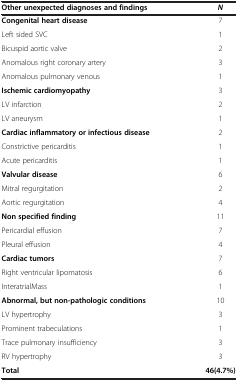
| Other unexpected diagnoses and findings | N |
 | --- | --- |
 | Congenital heart disease | 7 |
 | Left sided SVC | 1 |
 | Bicuspid aortic valve | 2 |
 | Anomalous right coronary artery | 3 |
 | Anomalous pulmonary venous | 1 |
 | Ischemic cardiomyopathy | 3 |
 | LV infarction | 2 |
 | LV aneurysm | 1 |
 | Cardiac inflammatory or infectious disease | 2 |
 | Constrictive pericarditis | 1 |
 | Acute pericarditis | 1 |
 | Valvular disease | 6 |
 | Mitral regurgitation | 2 |
 | Aortic regurgitation | 4 |
 | Non specified finding | 11 |
 | Pericardial effusion | 7 |
 | Pleural effusion | 4 |
 | Cardiac tumors | 7 |
 | Right ventricular lipomatosis | 6 |
 | InteratrialMass | 1 |
 | Abnormal, but non-pathologic conditions | 10 |
 | LV hypertrophy | 3 |
 | Prominent trabeculations | 1 |
 | Trace pulmonary insufficiency | 3 |
 | RV hypertrophy | 3 |
 | Total | 46(4.7%) |